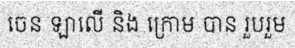
ចេន ឡាលើ និង ក្រោម បាន រួបរួម